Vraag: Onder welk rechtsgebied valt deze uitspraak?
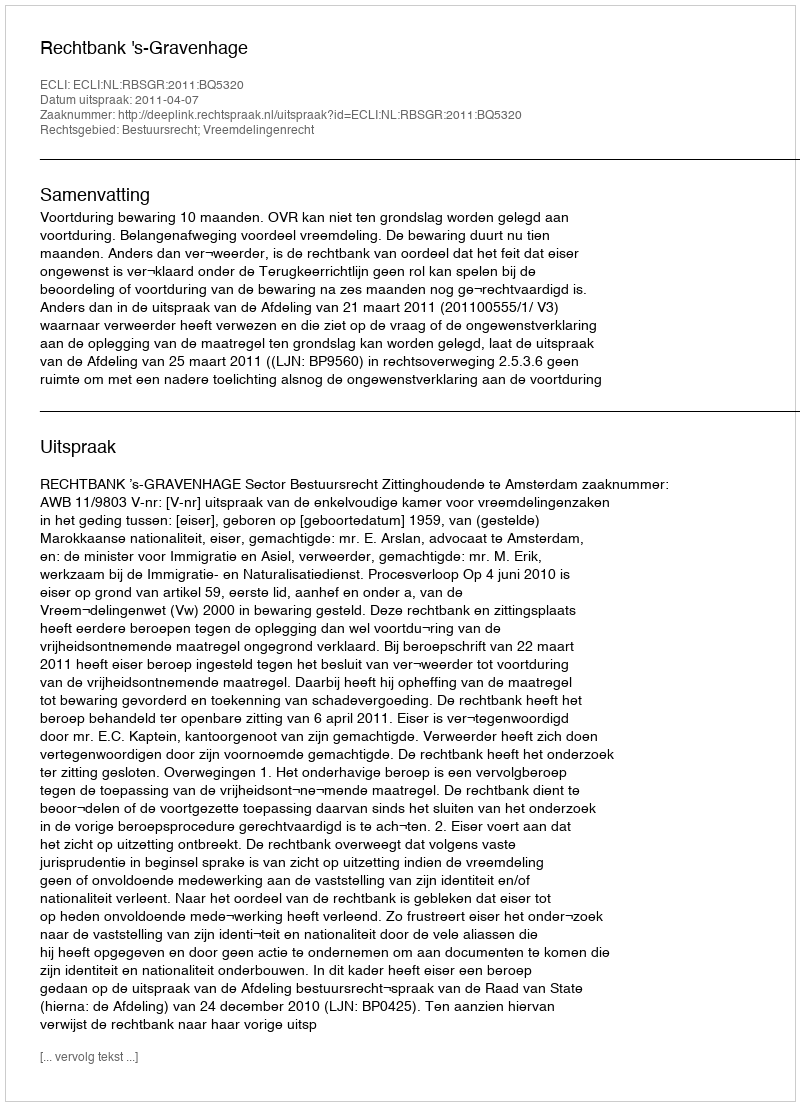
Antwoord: Bestuursrecht; Vreemdelingenrecht